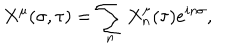
X ^ { \mu } ( \sigma , \tau ) = \sum _ { n } X _ { n } ^ { \mu } ( \tau ) e ^ { i n \sigma } ,